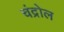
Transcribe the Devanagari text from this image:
चंद्रोल